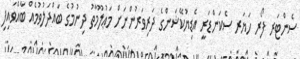
ސެންޓަރ ފޯރ ހަޔަރ ސެކަންޑަރީ އެޑިޔުކޭޝަންގެ ދަރިވަރުންނަށް މަޢުލޫމާތު ދިނުމުގެ ބައްދަލުވުމެއް ބާއްވައިފި